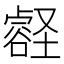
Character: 𫫽